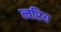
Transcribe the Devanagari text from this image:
त्वरिय